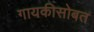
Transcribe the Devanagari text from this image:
गायकीसोबत